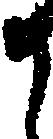
か